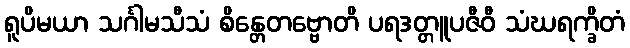
ရူပိမယာ သင်္ဂါမသီသံ စိန္တေတဗ္ဗောတိ ပရဒတ္တူပဇီဝီ သံဃရက္ခိတံ